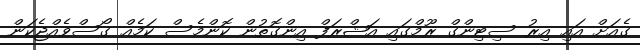
ގެއަށް އައި އިރު ސިޓިންގް ރޫމްގައި އަޝްރަފް އިންގޮތުން ކޮންމެސް ކަމެއް ގޯސްވެއްޖެކަން